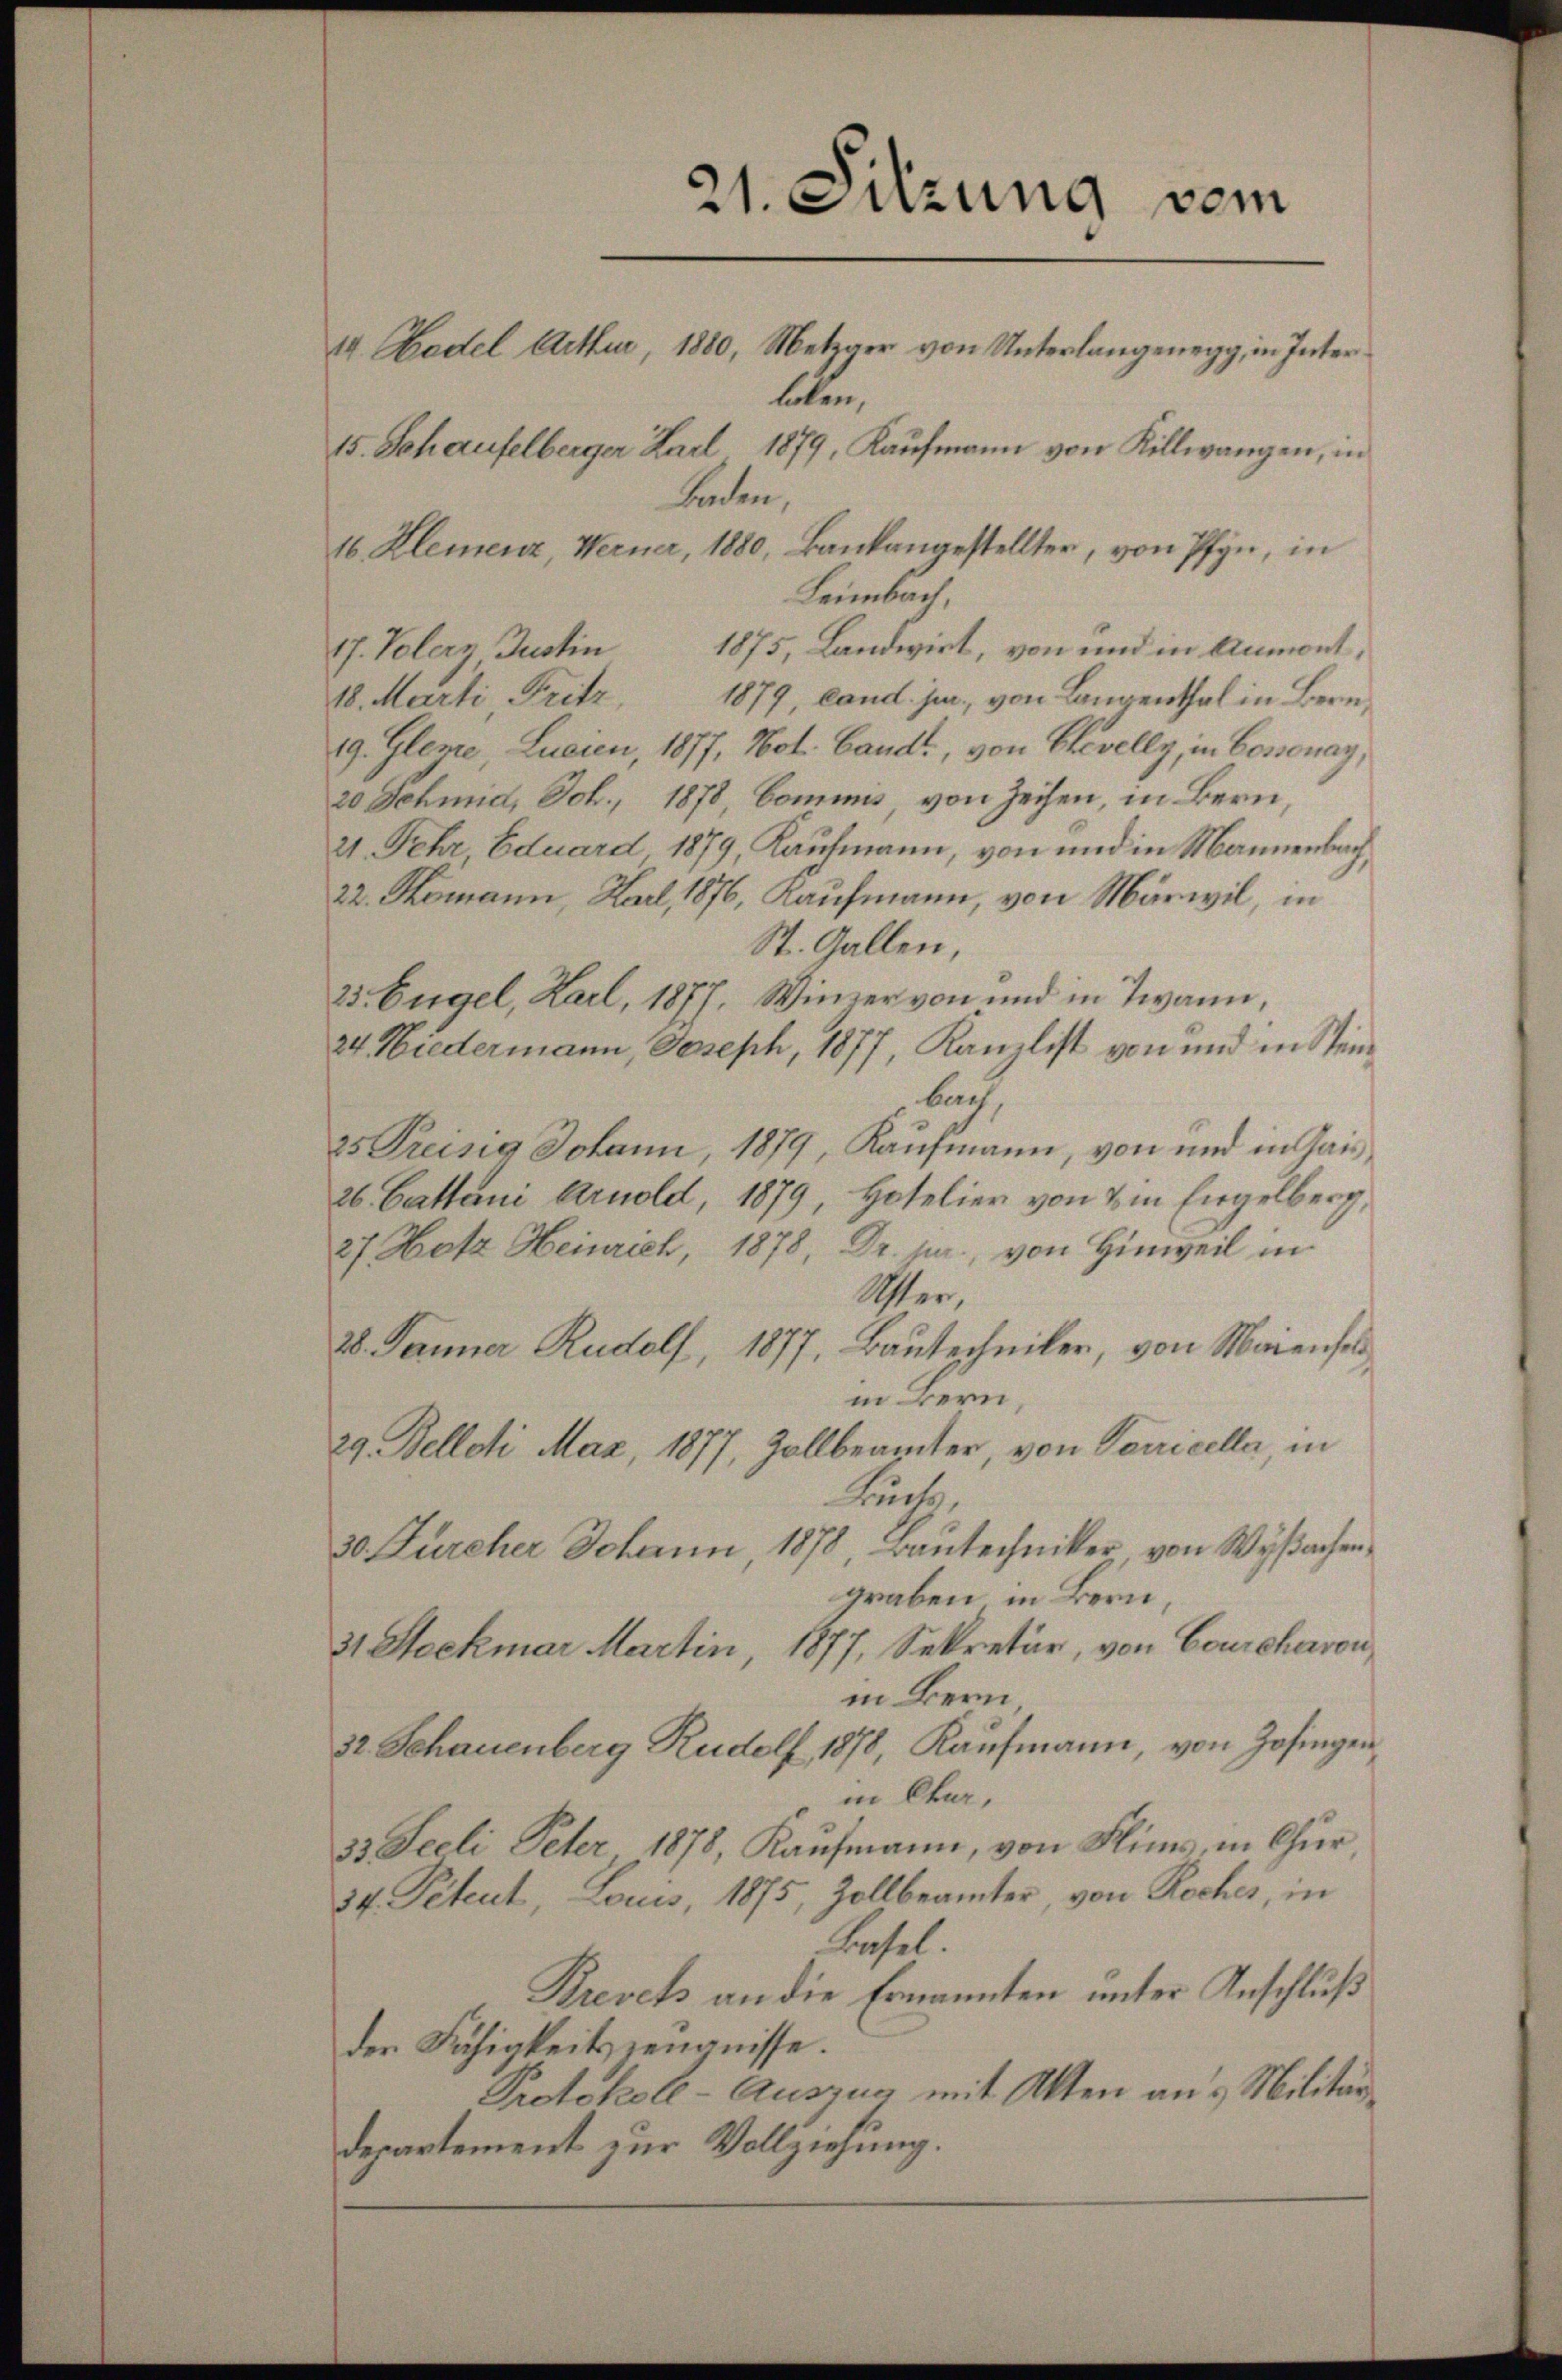
21. Sitzung vom
I Kadel Arthur, 1880, Metzger von Unterlangenegg, in Inter
holen,
15. Schaufelberger Karl 1879, Kaufmann von Killwangen, in
Laden,
16. Klemenz, Werner, 1880, Bankangestellter, von Pfyn, in

17. Voler Justin 1875, Landwirt, von und in Anmont,
18. Marti Fritz,
1879, cand. jur., von Langenthal in Bern,
19. Gleze, Lucien, 1877, Not. Bandt, von Ehevelly, in Cossonay,
20 Schind, Joh., 1878, Cominis von Zeichen, in Bern,
21. Fehr Eduard 1879, Kaufmann, von und in Mannenbach,
22. Tomann, Karl, 1876, Kaufmann, von Märwil, in
St. Gallen,
23. Engel, Karl, 1877. Winzer von und in Twann,
24 Niedermann, Joseph, 1877, Kanzlist von und in Steinbach
25 Preisig Johann, 1879, Kaufmann, von und in Gais
26. Cattani Arnold, 1879, Hotelier von 2m Engelberg,
27. Hotz Heinrich, 1878, Dr. jur., von Hinweil in
Uster,
28. Jenner Rudolf, 1877, Bautechniker, von Maienfels
in Bern,
29. Belldi Maz, 1877, Zollbeamter, von Verricella, in
Kuch
30. Furcher Johann 1878, Bautechniker von Wyßachengraben in Bern,
31 Stockmar Martin, 1877, Sekretär, von Courchavon,
in Bern
32. Schauenberg Rudolf 1878, Kaufmann, von Zofingen,
in Chur,
33. Seeli Peter 1878, Kaufmann, von Flims, in Chur
34. Petent, Louis, 1875, Zollbeamter, von Roches, in
Tafel.
Krevets an die Ernannten unter Anschluß
der Fähigkeitszenaisse.
Protokoll-Auszug mit Akten an & Militärdepartement zur Vollziehung.

Leimbach,